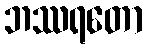
ဘဿရတော